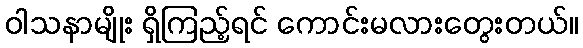
ဝါသနာမျိုး ရှိကြည့်ရင် ကောင်းမလားတွေးတယ်။